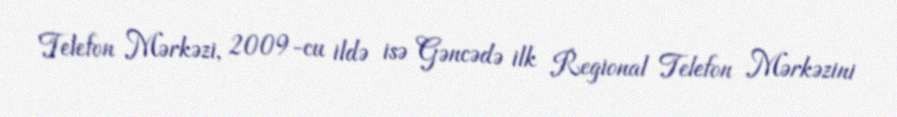
Telefon Mərkəzi, 2009-cu ildə isə Gəncədə ilk Regional Telefon Mərkəzini